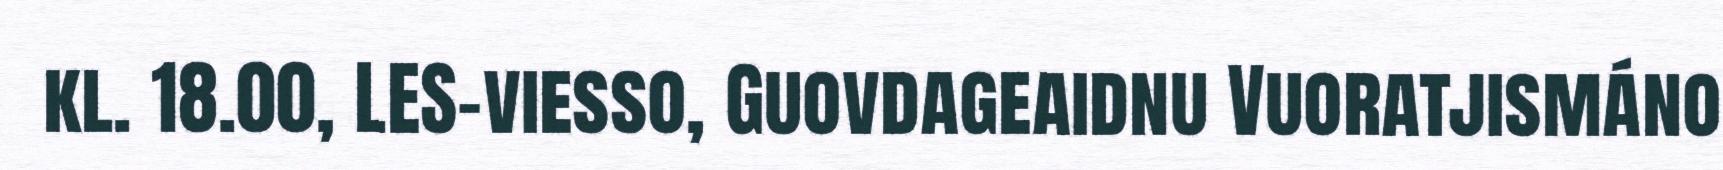
kl. 18.00, LES-viesso, Guovdageaidnu Vuoratjismáno